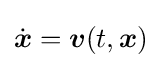
{\dot {\boldsymbol {x}}}={\boldsymbol {v}}(t,{\boldsymbol {x}})